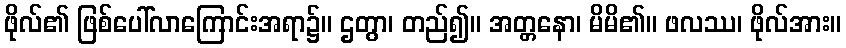
ဖိုလ်၏ ဖြစ်ပေါ်လာကြောင်းအရာ၌။ ဌတွာ၊ တည်၍။ အတ္တနော၊ မိမိ၏။ ဖလဿ၊ ဖိုလ်အား။